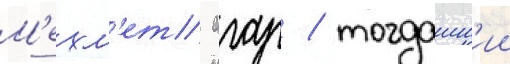
М'ехм'ет агар / тогдашн'ии